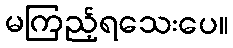
မကြည့်ရသေးပေ။